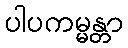
ပါပကမ္မန္တာ